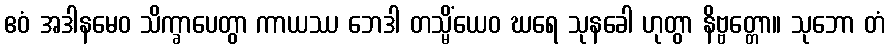
ဧဝံ အဒါနမေဝ သိက္ခာပေတွာ ကာယဿ ဘေဒါ တသ္မိံယေဝ ဃရေ သုနခေါ ဟုတွာ နိဗ္ဗတ္တော။ သုဘော တံ